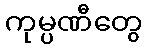
ကုမ္ပဏီတွေ